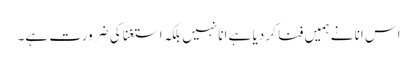
اس انا نے ہمیں فنا کر دیا ہے انا نہیں بلکہ استغنا کی ضرورت ہے۔